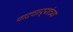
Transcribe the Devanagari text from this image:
पादचाऱ्यांच्या